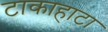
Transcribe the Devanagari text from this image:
टाकाहाटा